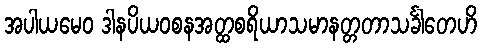
အပါယမေဝ ဒါနပိယဝစနအတ္ထစရိယာသမာနတ္တတာသင်္ခါတေဟိ